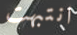
انتبهت